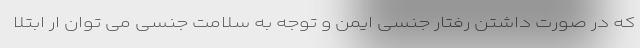
که در صورت داشتن رفتار جنسی ایمن و توجه به سلامت جنسی می توان ار ابتلا